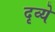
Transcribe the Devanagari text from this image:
दृव्ये